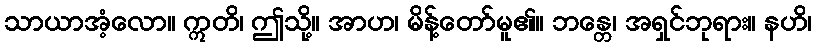
သာယာအံ့လော။ ဣတိ၊ ဤသို့။ အာဟ၊ မိန့်တော်မူ၏။ ဘန္တေ၊ အရှင်ဘုရား။ နဟိ၊